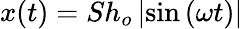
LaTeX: x(t)=Sh_{o}\left|\sin\left(\omega t\right)\right|